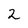
Character: 2